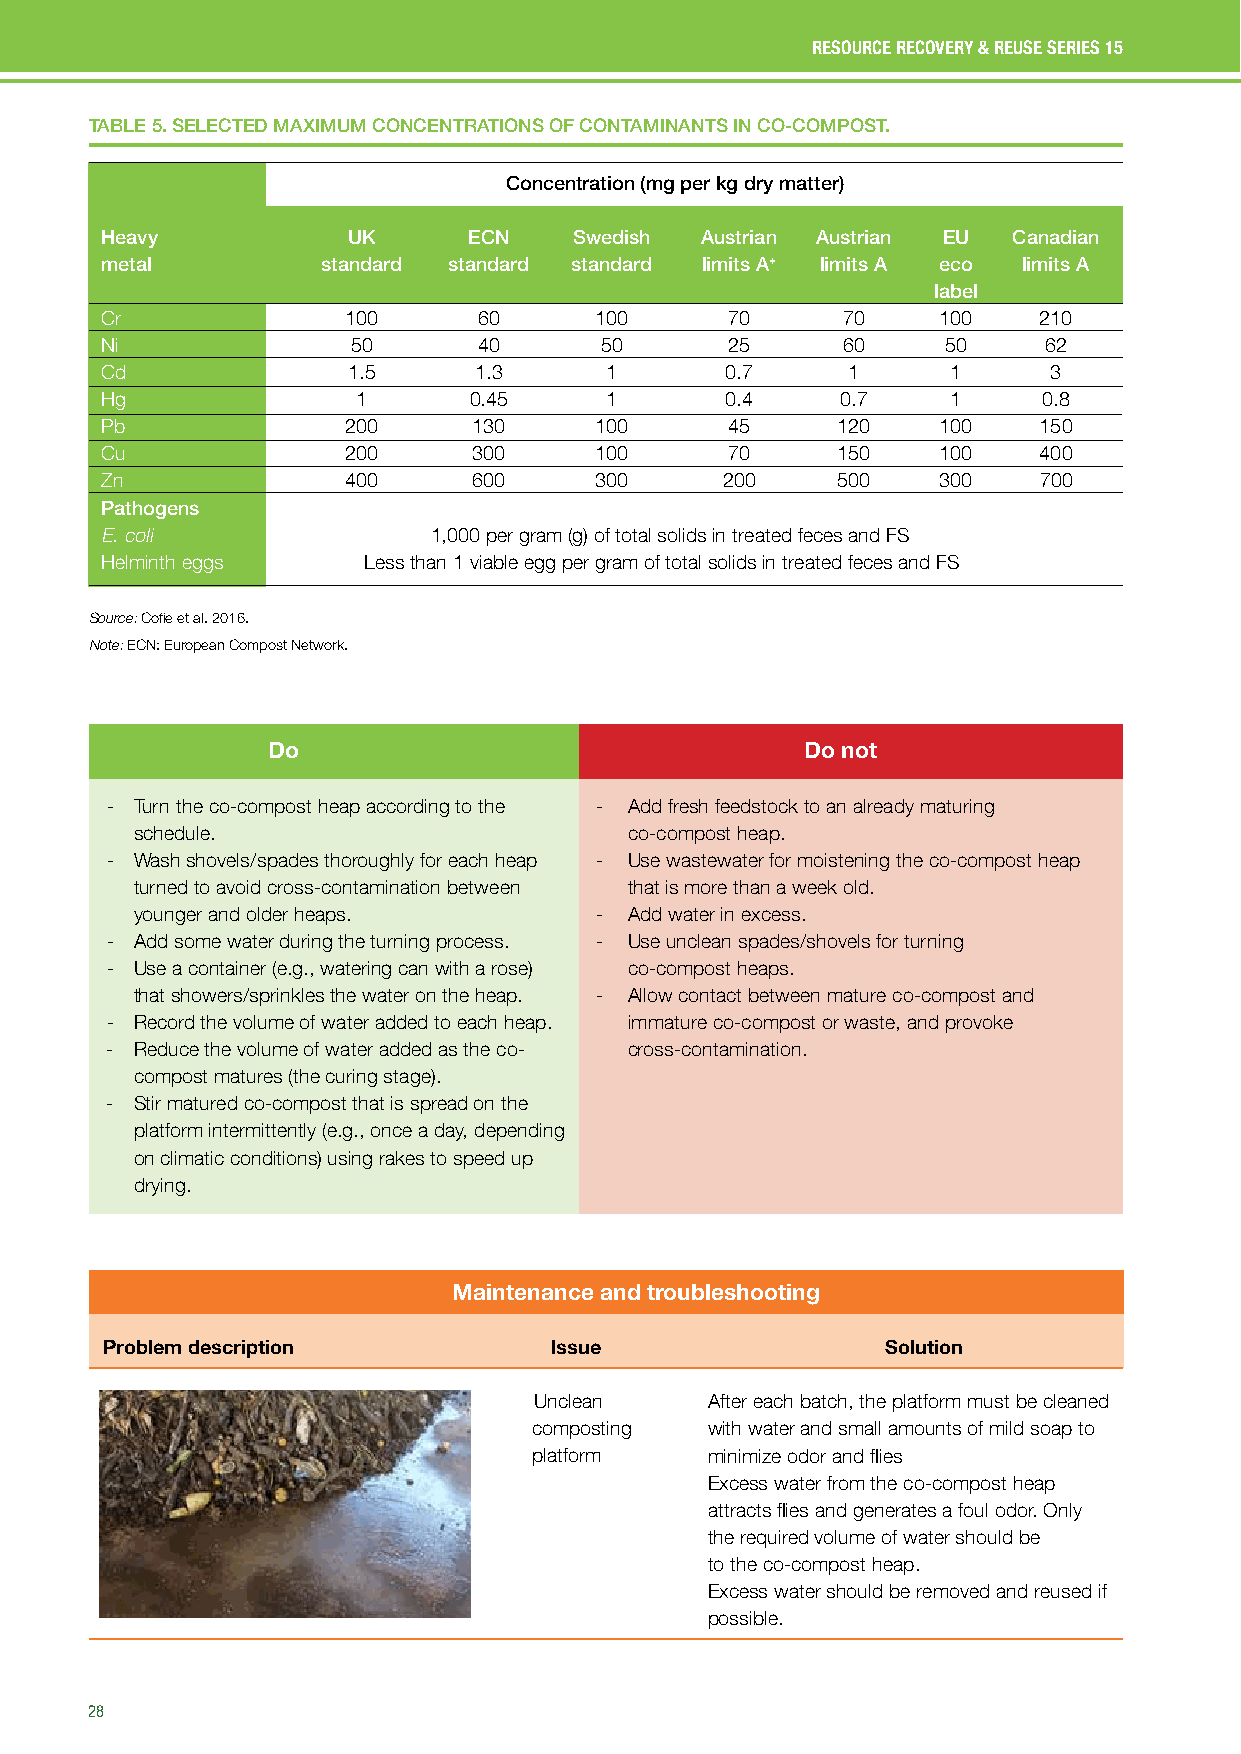
RESOURCE RECOVERY & REUSE SERIES 15
 TABLE 5. SELECTED MAXIMUM CONCENTRATIONS OF CONTAMINANTS IN CO-COMPOST.
 Concentration (mg per kg dry matter)
 Heavy           UK      ECN    Swedish Austrian Austrian EU Canadian
 metal         standard standard standard limits A+ limits A eco limits A
 label
 Cr              100      60     100      70      70    100    210
 Ni              50       40      50      25      60     50    62
 Cd              1.5     1.3      1       0.7     1      1      3
 Hg               1      0.45     1       0.4     0.7    1     0.8
 Pb              200     130     100      45     120    100    150
 Cu              200     300     100      70     150    100    400
 Zn              400     600     300      200    500    300    700
 Pathogens
 E. coli              1,000 per gram (g) of total solids in treated feces and FS
 Helminth eggs    Less than 1 viable egg per gram of total solids in treated feces and FS
 Source: Cofie et al. 2016.
 Note: ECN: European Compost Network.
 Do                                 Do not
 - Turn the co-compost heap according to the - Add fresh feedstock to an already maturing
 schedule.                        co-compost heap.
 - Wash shovels/spades thoroughly for each heap - Use wastewater for moistening the co-compost heap
 turned to avoid cross-contamination between that is more than a week old.
 younger and older heaps.      -  Add water in excess.
 - Add some water during the turning process. - Use unclean spades/shovels for turning
 - Use a container (e.g., watering can with a rose) co-compost heaps.
 that showers/sprinkles the water on the heap. - Allow contact between mature co-compost and
 - Record the volume of water added to each heap. immature co-compost or waste, and provoke
 - Reduce the volume of water added as the co- cross-contamination.
 compost matures (the curing stage).
 - Stir matured co-compost that is spread on the
 platform intermittently (e.g., once a day, depending
 on climatic conditions) using rakes to speed up
 drying.
 Maintenance and troubleshooting
 Problem description          Issue                  Solution
 Uncle an    After each batch, the platform must be cleaned
 comp osting with water and small amounts of mild soap to
 platfo rm   minimize odor and flies
 Excess water from the co-compost heap
 attracts flies and generates a foul odor. Only
 the required volume of water should be
 added                                   to the co-compost heap.
 Excess water should be removed and reused if
 possible.
 28